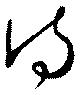
侍